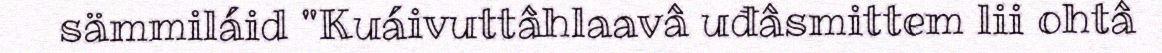
sämmiláid "Kuáivuttâhlaavâ uđâsmittem lii ohtâ